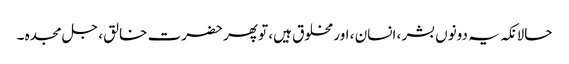
حالانکہ یہ دونوں بشر ، انسان ، اور مخلوق ہیں، تو پھر حضرت خالق ، جل مجدہ ۔